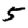
Digit: 5